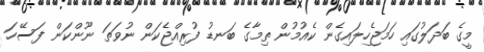
މީގެ ބަދަލުގައި ހަމަޖެހިލައިގެން ކެއުމުން ތިމާގެ ބަނޑު ފުރިއްޖެކަން ނުވަތަ ނޫންކަން ފަސޭހަ